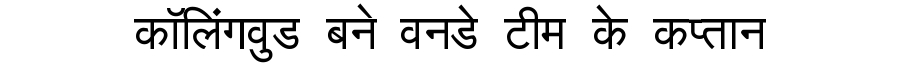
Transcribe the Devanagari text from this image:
कॉलिंगवुड बने वनडे टीम के कप्तान